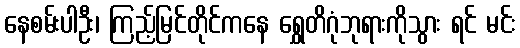
နေစမ်းပါဦး၊ ကြည့်မြင်တိုင်ကနေ ရွှေတိဂုံဘုရားကိုသွား ရင် မင်း